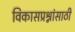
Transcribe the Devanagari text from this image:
विकासप्रश्नांसाठी